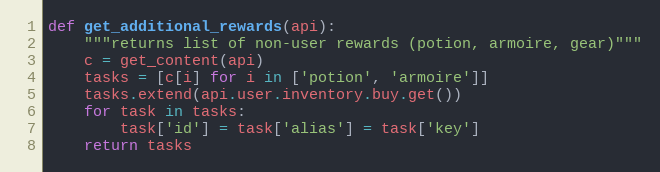
Language: Python
def get_additional_rewards(api):
    """returns list of non-user rewards (potion, armoire, gear)"""
    c = get_content(api)
    tasks = [c[i] for i in ['potion', 'armoire']]
    tasks.extend(api.user.inventory.buy.get())
    for task in tasks:
        task['id'] = task['alias'] = task['key']
    return tasks